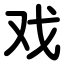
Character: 戏